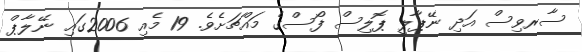
ސާރވިސް އަދި ނޭޕާލީ ޕޮލިސް ފޯސްގެ މައްޗަށެވެ. 19 މެއި 2006ގައި ނޭލާޕް